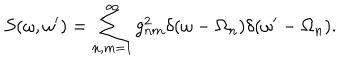
S ( \omega , \omega ^ { \prime } ) = \sum _ { n , m = 1 } ^ { \infty } g _ { n m } ^ { 2 } \delta ( \omega - \Omega _ { n } ) \delta ( \omega ^ { \prime } - \Omega _ { n } ) .